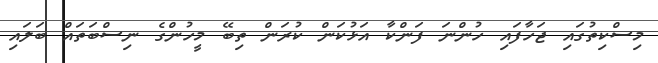
މިސްކިތުގައި ޖަހާފައި ހުންނަ ފަންކާ އަޅުކަން ކުރަން ތިބޭ މީހުންގެ ނިސްބަތައް ބަލައި